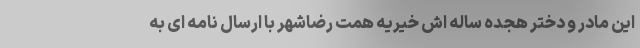
این مادر و دختر هجده ساله اش خیریه همت رضاشهر با ارسال نامه ای به